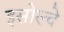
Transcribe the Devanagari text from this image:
इसोल्दे